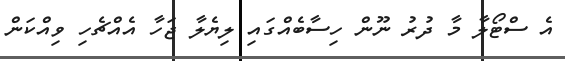
އެ ސްޓޯލާ މާ ދުރު ނޫން ހިސާބެއްގައި ލިޔެލާ ޖަހާ އެއްޗެހި ވިއްކަން